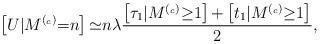
LaTeX: \begin{align*} \left[ U \vert M^{(_c)}{=}n \right] {\simeq} n \lambda\frac{ \left[ \tau_1 \vert M^{(_c)}{\geq} 1 \right] {+} \left[ t_1 \vert M^{(_c)}{\geq} 1 \right]}{2},\end{align*}